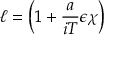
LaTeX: \ell = \left( 1 + \frac { a } { i T } \epsilon \chi \right)